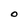
Character: O